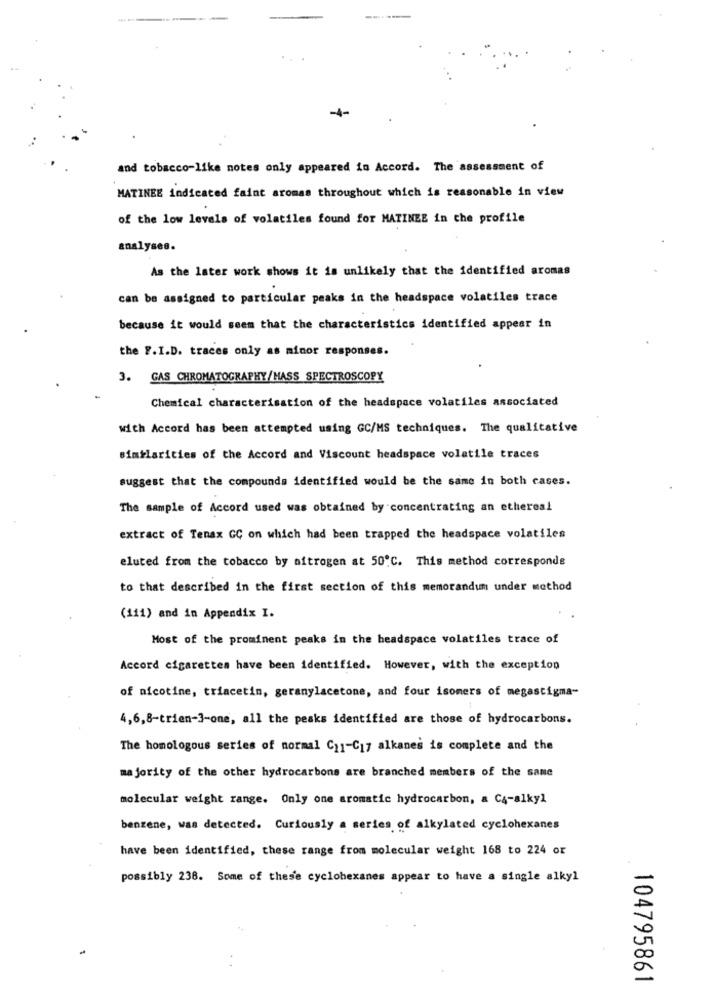
-4-
and tobacco-like notes only appeared in Accord. The assessment of
MATINEE indicated faint aromas throughout which is reasonable in view
of the low levels of volatiles found for MATINEE in the profile
analyses.
As the later work shows it is unlikely that the identified aromas
can be assigned to particular peaks in the headspace volatiles trace
because it would seem that the characteristics identified appear in
the F.I.D. traces only as minor responses.
3.
GAS CHROMATOGRAPHY/HASS SPECTROSCOPY
Chemical characterisation of the headspace volatiles associated
with Accord has been attempted using GC/MS techniques. The qualitative
similarities of the Accord and Viscount headspace volatile traces
suggest that the compounds identified would be the same in both cases.
The sample of Accord used was obtained by concentrating an ethereal
extract of Tenax GC on which had been trapped the headspace volatiles
eluted from the tobacco by aftrogen at 50℃. This method corresponde
to that described in the first section of this memorandum under method
(111) and in Appendix I.
Most of the prominent peaks in the headspace volatiles trace of
Accord cigarettes have been identified. However, with the exception
of nicotine, triacetin, geranylacetone, and four isomers of megastigma-
4,6,8-trien-3-one, all the peaks identified are those of hydrocarbons.
The homologous series of normal C11-C17 alkanes is complete and the
majority of the other hydrocarbons are branched members of the same
molecular weight range. Only one aromatic hydrocarbon, a C4-alkyl
benzene, was detected. Curiously a series of alkylated cyclohexanes
have been identified, these range from molecular weight 168 to 224 or
possibly 238. Some of these cyclohexanes appear to have a single alkyl
104795861